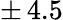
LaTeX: \pm\, 4.5